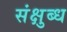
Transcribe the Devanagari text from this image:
संक्षुब्ध